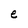
Character: e